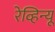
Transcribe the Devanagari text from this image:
रेव्हिन्यू